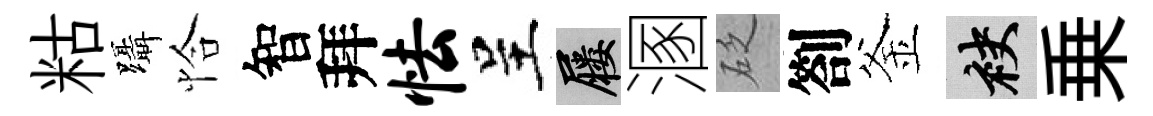
䊀躡恰智拜怯呈屨溷砭劄釜袂乗